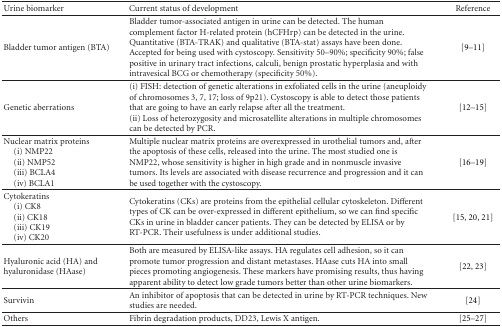
<table><thead><tr><td><b>Urine biomarker</b></td><td><b>Current status of development</b></td><td><b>Reference</b></td></tr></thead><tbody><tr><td>Bladder tumor antigen (BTA)</td><td>Bladder tumor-associated antigen in urine can be detected. The human complement factor H-related protein (hCFHrp) can be detected in the urine. Quantitative (BTA-TRAK) and qualitative (BTA-stat) assays have been done. Accepted for being used with cystoscopy. Sensitivity 50–90%; specificity 90%; false positive in urinary tract infections, calculi, benign prostatic hyperplasia and with intravesical BCG or chemotherapy (specificity 50%).</td><td>[9–11]</td></tr><tr><td>Genetic aberrations</td><td>(i) FISH: detection of genetic alterations in exfoliated cells in the urine (aneuploidy of chromosomes 3, 7, 17; loss of 9p21). Cystoscopy is able to detect those patients that are going to have an early relapse after all the treatment.(ii) Loss of heterozygosity and microsatellite alterations in multiple chromosomes can be detected by PCR.</td><td>[12–15]</td></tr><tr><td>Nuclear matrix proteins (i) NMP22 (ii) NMP52 (iii) BCLA4 (iv) BCLA1</td><td>Multiple nuclear matrix proteins are overexpressed in urothelial tumors and, after the apoptosis of these cells, released into the urine. The most studied one is NMP22, whose sensitivity is higher in high grade and in nonmuscle invasive tumors. Its levels are associated with disease recurrence and progression and it can be used together with the cystoscopy.</td><td>[16–19]</td></tr><tr><td>Cytokeratins (i) CK8 (ii) CK18 (iii) CK19 (iv) CK20</td><td>Cytokeratins (CKs) are proteins from the epithelial cellular cytoskeleton. Different types of CK can be over-expressed in different epithelium, so we can find specific CKs in urine in bladder cancer patients. They can be detected by ELISA or by RT-PCR. Their usefulness is under additional studies.</td><td>[15, 20, 21]</td></tr><tr><td>Hyaluronic acid (HA) and hyaluronidase (HAase)</td><td>Both are measured by ELISA-like assays. HA regulates cell adhesion, so it can promote tumor progression and distant metastases. HAase cuts HA into small pieces promoting angiogenesis. These markers have promising results, thus having apparent ability to detect low grade tumors better than other urine biomarkers.</td><td>[22, 23]</td></tr><tr><td>Survivin</td><td>An inhibitor of apoptosis that can be detected in urine by RT-PCR techniques. New studies are needed.</td><td>[24]</td></tr><tr><td>Others</td><td>Fibrin degradation products, DD23, Lewis X antigen.</td><td>[25–27]</td></tr></tbody></table>